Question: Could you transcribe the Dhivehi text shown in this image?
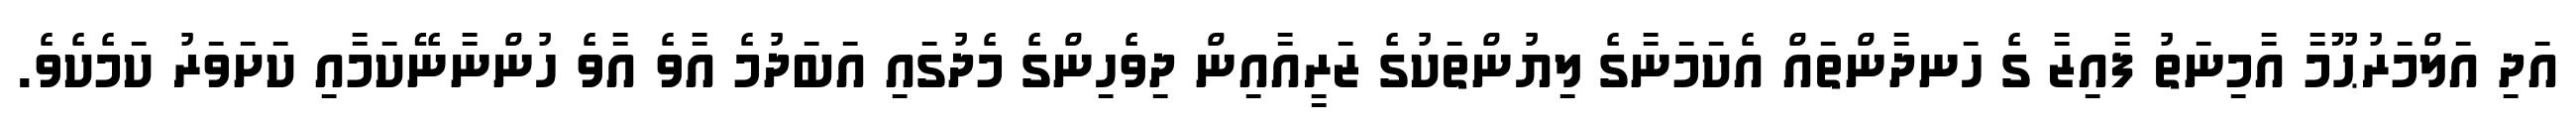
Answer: އަދި އަލްމަރުޙޫމާ އާމިނަތު ފާއިޒާ ގެ ހަނދާންތައް އެކަމަނާގެ ލިޔުންތަކުގެ ޒަރީއާއިން ދިވެހިންގެ މެދުގައި އަބަދުމެ އާވެ އާވެ ހުންނާނޭކަމާއި ކަށަވަރު ކަމެކެވެ.